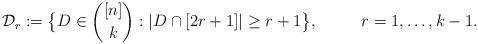
LaTeX: \begin{align*}\mathcal D_r:=\big\{D\in {[n]\choose k}: |D\cap [2r+1]|\ge r+1 \big\}, \ \ \ \ \ \ \ \ r=1,\ldots, k-1.\end{align*}